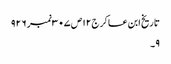
تاریخ ابن عساکر ج١٢ص ٣٠٧نمبر ٩٢٦
٩۔